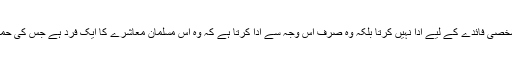
اسی طرح ایک مسلمان اپنی زکوٰۃ کسی خاص شخصی فائدے کے لیے ادا نہیں کرتا بلکہ وہ صرف اس وجہ سے ادا کرتا ہے کہ وہ اس مسلمان معاشرے کا ایک فرد ہے جس کی حمایت، کفالت اور اخوت سے وہ بہرہ ور ہوتا ہے۔